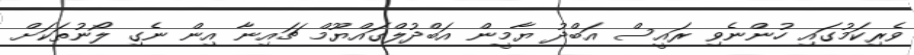
ވެރިކަމުގައި ހުންނެވި ރައީސް އަބްދު ޔާމީން އަބްދުލްގައްޔޫމް ޗައިނާ އިން ނެގި ލޯނުތަކަށް